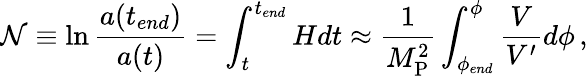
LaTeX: \mathcal{N}\equiv\ln\frac{{a(t_{end})}}{{a(t)}}=\int_{t}^{t_{end}}Hdt\approx\frac{{1}}{{M_{\mathrm{{P}}}^{2}}}\int_{\phi_{end}}^{\phi}\frac{{V}}{{V^{\prime}}}d\phi\, ,